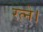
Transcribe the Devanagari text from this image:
रत्ने।